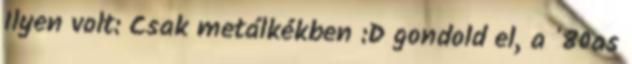
Ilyen volt: Csak metálkékben :D gondold el, a '80as